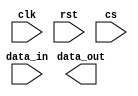
module spi_master (
    input wire clk,
    input wire rst,
    input wire cs,
    input wire data_in,
    output reg data_out
);

// SPI communication protocol parameters
parameter CPOL = 0;   // Clock Polarity
parameter CPHA = 0;   // Clock Phase
parameter DATA_RATE = 1000000;  // Data transfer rate

// State machine definition
reg [1:0] state;
parameter IDLE = 2'b00;
parameter SELECT_SLAVE = 2'b01;
parameter SEND_DATA = 2'b10;
parameter RECEIVE_DATA = 2'b10;

always @(posedge clk or posedge rst) begin
    if (rst) begin
        state <= IDLE;
    end else begin
        case (state)
            IDLE: begin
                if (cs) begin
                    state <= SELECT_SLAVE;
                end
            end
            SELECT_SLAVE: begin
                state <= SEND_DATA;
            end
            SEND_DATA: begin
                // Implement data transmission here
                state <= RECEIVE_DATA;
            end
            RECEIVE_DATA: begin
                // Implement data reception here
                state <= IDLE;
            end
        endcase
    end
end

// Implement SPI master functionality here

endmodule